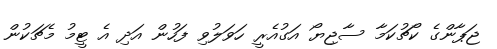
ޖަޕާންގެ ކޯޗުކަމާ ސާޖިޔޯ އަގުއެރީ ހަވަލުވި ފަހުން އަދި އެ ޓީމު މެޗަކުން